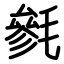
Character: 毿